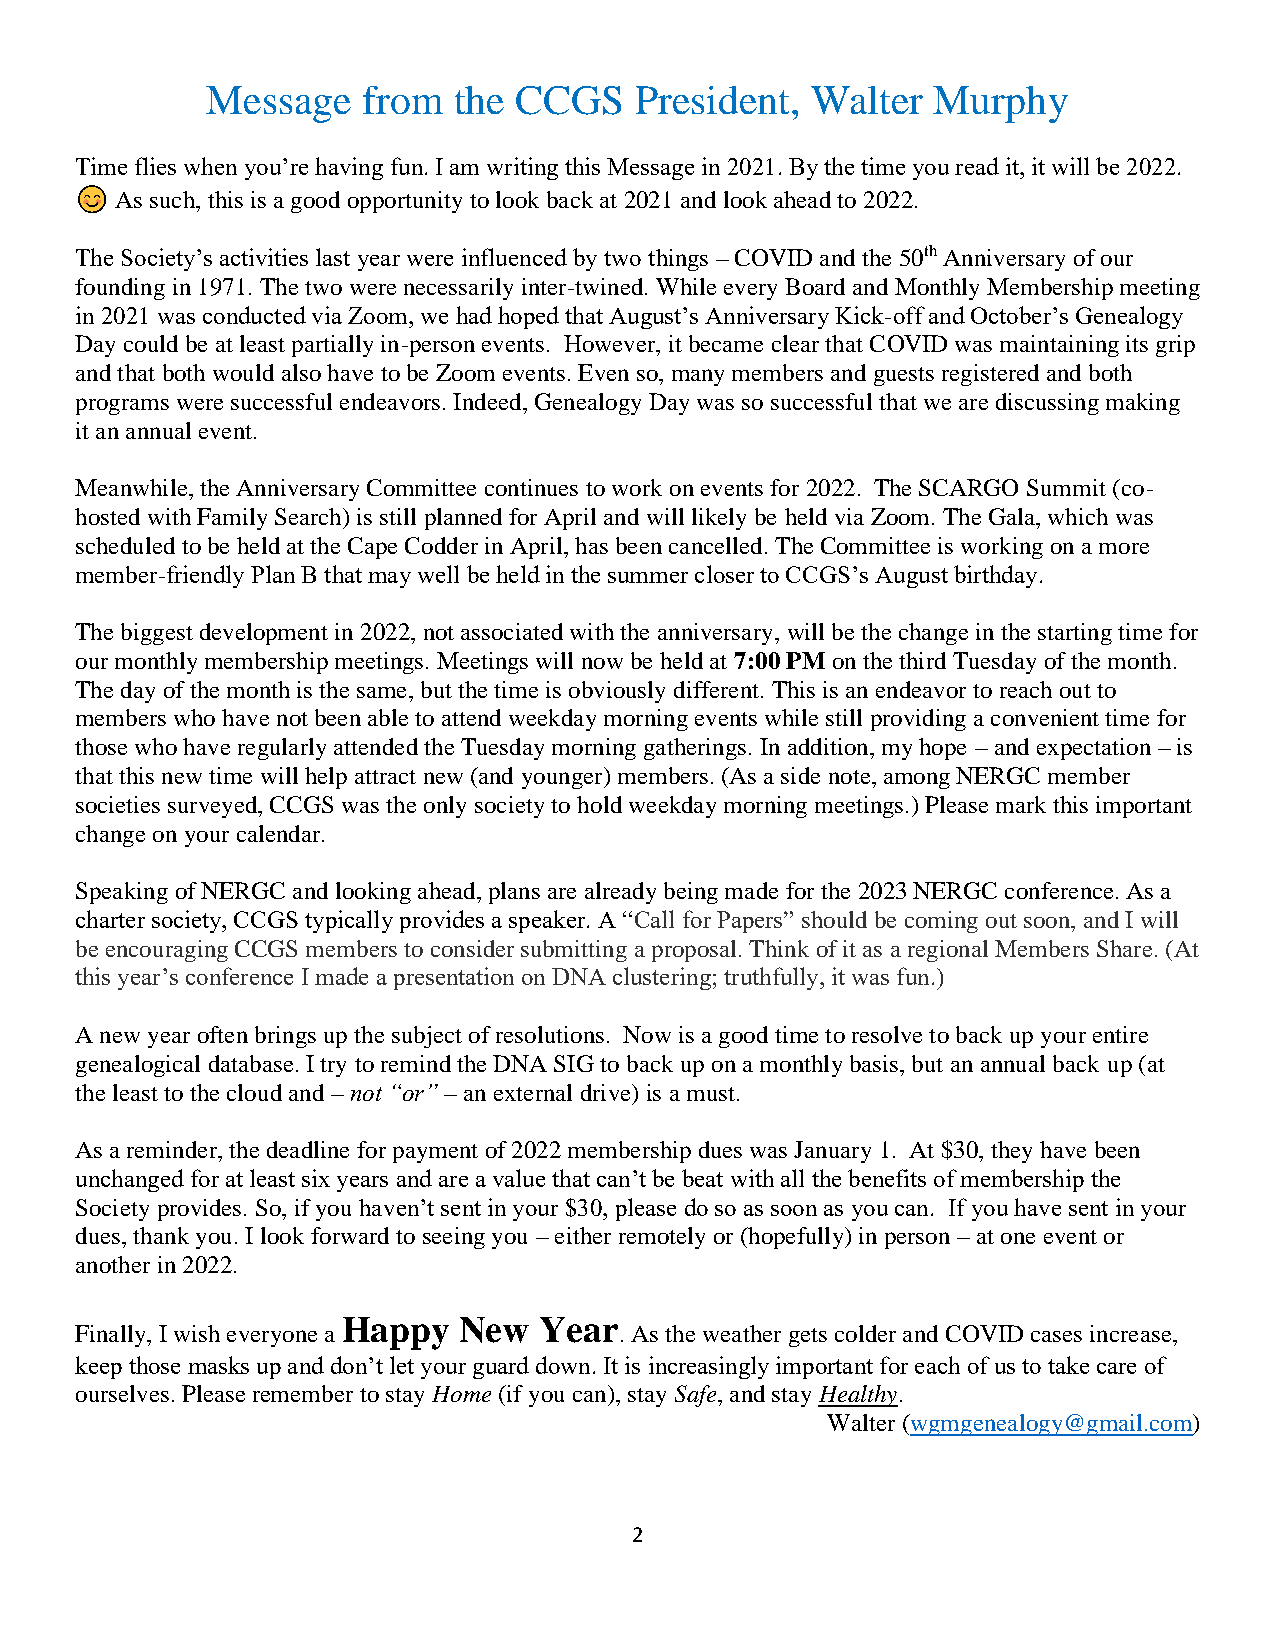
Message   from  the CCGS    President,  Walter  Murphy
 Time flies when you’re having fun. I am writing this Message in 2021. By the time you read it, it will be 2022.
 As such, this is a good opportunity to look back at 2021 and look ahead to 2022.
 The Society’s activities last year were influenced by two things – COVID and the 50th Anniversary of our
 founding in 1971. The two were necessarily inter-twined. While every Board and Monthly Membership meeting
 in 2021 was conducted via Zoom, we had hoped that August’s Anniversary Kick-off and October’s Genealogy
 Day could be at least partially in-person events. However, it became clear that COVID was maintaining its grip
 and that both would also have to be Zoom events. Even so, many members and guests registered and both
 programs were successful endeavors. Indeed, Genealogy Day was so successful that we are discussing making
 it an annual event.
 Meanwhile, the Anniversary Committee continues to work on events for 2022. The SCARGO Summit (co-
 hosted with Family Search) is still planned for April and will likely be held via Zoom. The Gala, which was
 scheduled to be held at the Cape Codder in April, has been cancelled. The Committee is working on a more
 member-friendly Plan B that may well be held in the summer closer to CCGS’s August birthday.
 The biggest development in 2022, not associated with the anniversary, will be the change in the starting time for
 our monthly membership meetings. Meetings will now be held at 7:00 PM on the third Tuesday of the month.
 The day of the month is the same, but the time is obviously different. This is an endeavor to reach out to
 members who have not been able to attend weekday morning events while still providing a convenient time for
 those who have regularly attended the Tuesday morning gatherings. In addition, my hope – and expectation – is
 that this new time will help attract new (and younger) members. (As a side note, among NERGC member
 societies surveyed, CCGS was the only society to hold weekday morning meetings.) Please mark this important
 change on your calendar.
 Speaking of NERGC and looking ahead, plans are already being made for the 2023 NERGC conference. As a
 charter society, CCGS typically provides a speaker. A “Call for Papers” should be coming out soon, and I will
 be encouraging CCGS members to consider submitting a proposal. Think of it as a regional Members Share. (At
 this year’s conference I made a presentation on DNA clustering; truthfully, it was fun.)
 A new year often brings up the subject of resolutions. Now is a good time to resolve to back up your entire
 genealogical database. I try to remind the DNA SIG to back up on a monthly basis, but an annual back up (at
 the least to the cloud and – not “or” – an external drive) is a must.
 As a reminder, the deadline for payment of 2022 membership dues was January 1. At $30, they have been
 unchanged for at least six years and are a value that can’t be beat with all the benefits of membership the
 Society provides. So, if you haven’t sent in your $30, please do so as soon as you can. If you have sent in your
 dues, thank you. I look forward to seeing you – either remotely or (hopefully) in person – at one event or
 another in 2022.
 Happy  New   Year
 Finally, I wish everyone a          . As the weather gets colder and COVID cases increase,
 keep those masks up and don’t let your guard down. It is increasingly important for each of us to take care of
 ourselves. Please remember to stay Home (if you can), stay Safe, and stay Healthy.
 Walter (wgmgenealogy@gmail.com)
 2